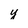
Character: y